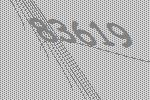
83619